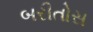
બરીતોસ